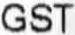
GST